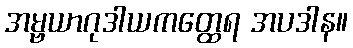
အမ္ဗယာဂုဒါယကတ္ထေရ အပဒါန။